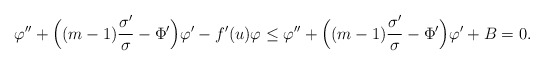
\begin{align*}\varphi''+\Big((m-1)\frac{\sigma'}{\sigma}-\Phi'\Big) \varphi' - f'(u) \varphi \leq \varphi''+\Big((m-1)\frac{\sigma'}{\sigma}-\Phi'\Big) \varphi'+B=0.\end{align*}